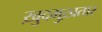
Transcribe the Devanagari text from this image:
ख़ुदमुख़तार